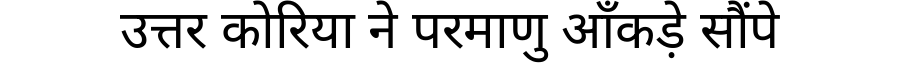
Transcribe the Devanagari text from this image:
उत्तर कोरिया ने परमाणु आँकड़े सौंपे